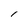
Character: I